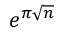
e ^ { \pi { \sqrt { n } } }